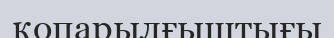
қопарылғыштығы